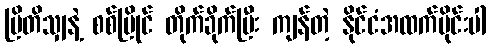
ဗြိတိသျှနဲ့ စစ်ပြိုင် တိုက်ခိုက်ပြီး ကျန်တဲ့ နိုင်ငံအထက်ပိုင်းပါ